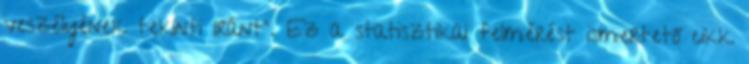
veszélyének tekinti Iránt". Ez a statisztikai felmérést ismertető cikk